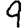
Digit: 9